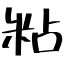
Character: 粘